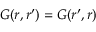
G ( r , r ^ { \prime } ) = G ( r ^ { \prime } , r )